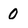
Character: 0